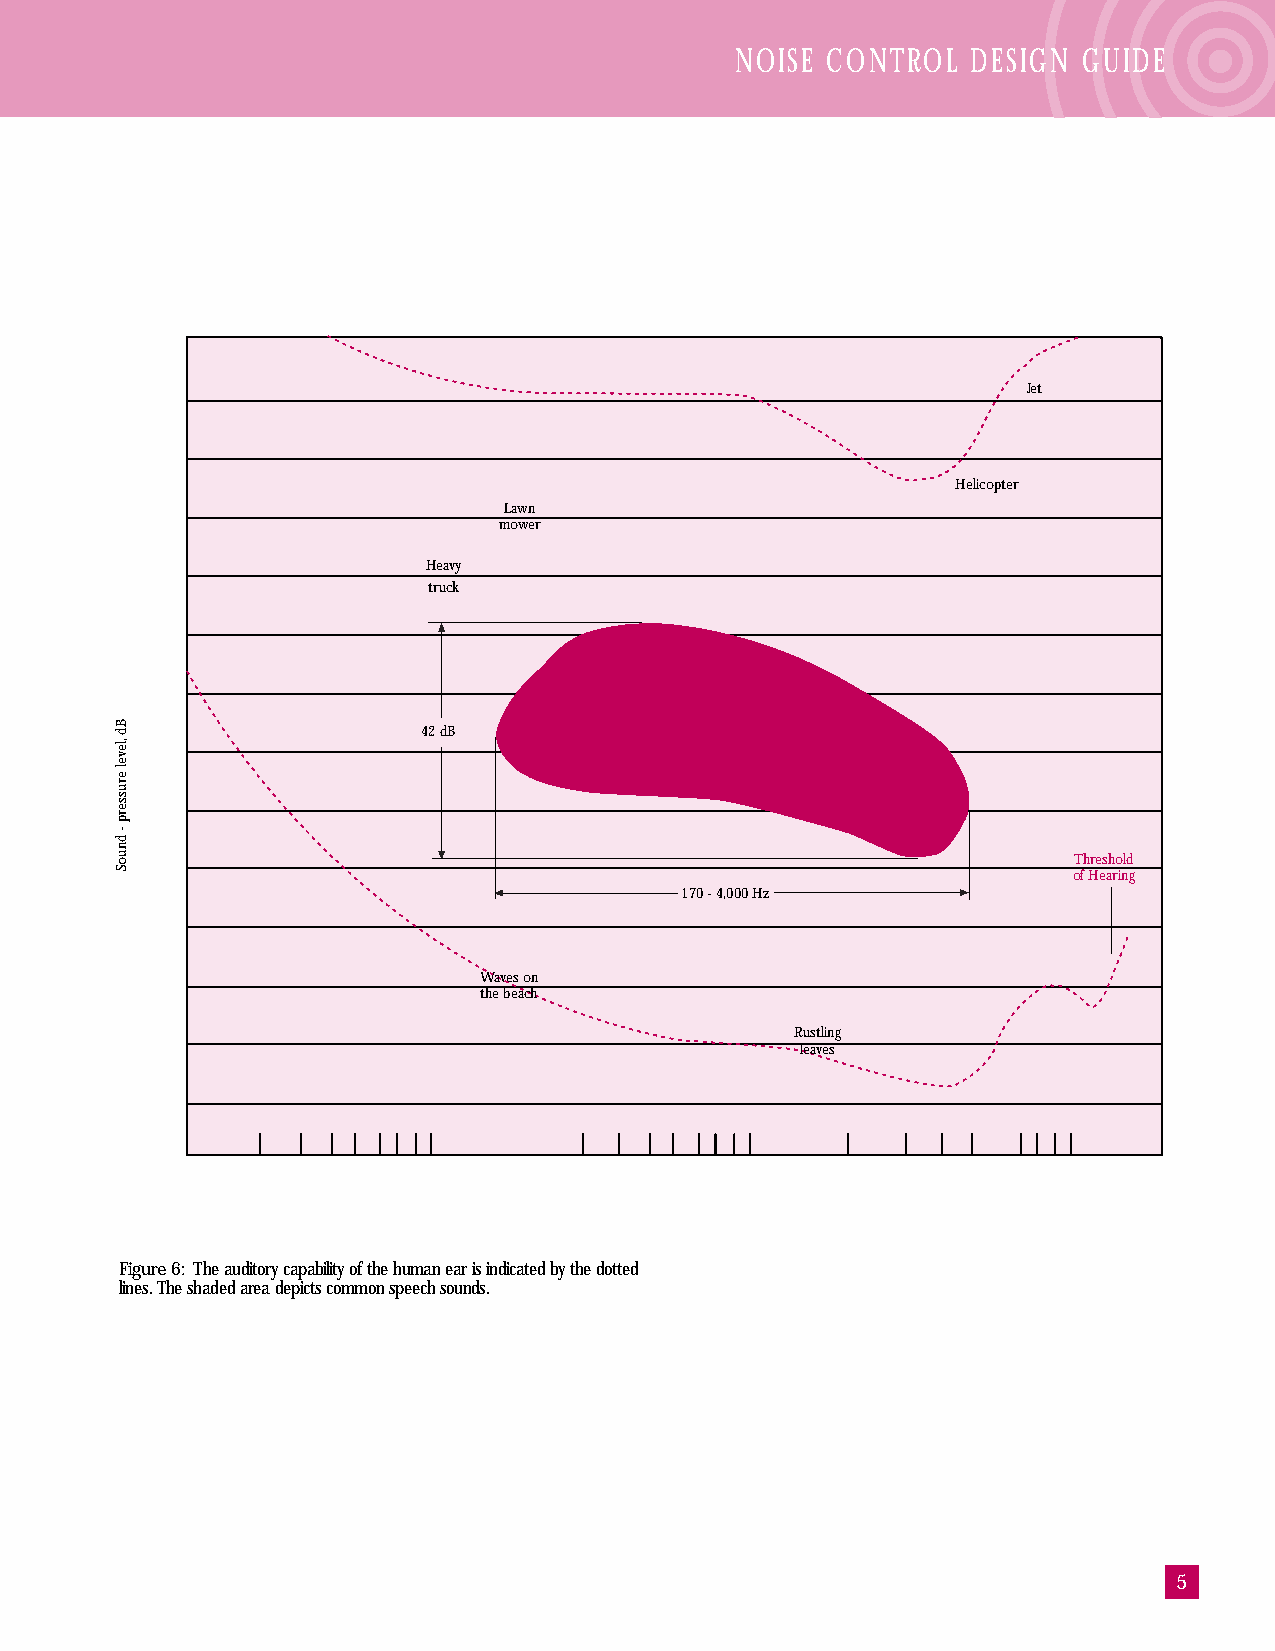
NOISE CONTROL  DESIGN  GUIDE
 Jet
 Helicopter
 Lawn
 mower
 Heavy
 truck
 42 dB
 Threshold
 of Hearing
 170 - 4,000 Hz
 Waves on
 the beach
 Rustling
 leaves
 Figure 6: The auditory capability of the human ear is indicated by the dotted
 lines. The shaded area depicts common speech sounds.
 5
 12513513512SDTRFer20000000000pooel000000000ecegq00000kp eu00bhceaohnrnckeyin r-g inHgz
 band
 100
 80
 60
 40
 20
 0
 Bd
 ,level
 erusserp
 -
 dnuoS